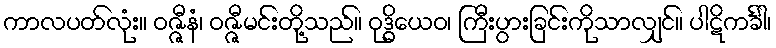
ကာလပတ်လုံး။ ဝဇ္ဇီနံ၊ ဝဇ္ဇီမင်းတို့သည်။ ဝုဒ္ဓိယေဝ၊ ကြီးပွားခြင်းကိုသာလျှင်။ ပါဋိကင်္ခါ၊